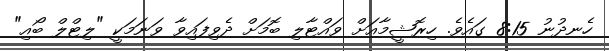
ހެނދުނު 8:15 ގައެވެ. ހިރޮޝީމާއަށް ވައްޓާލި ބޮމަށް ދެވިފައިވާ ވަނަމަކީ "ލިޓްލް ބޯއި"